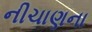
નીચાણના